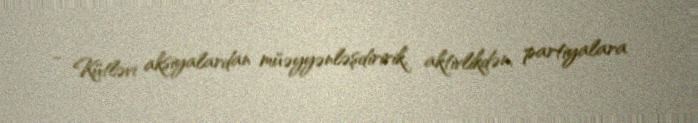
- Kütləvi aksiyalardan müəyyənləşdiririk, aktivlikdən, partiyalara